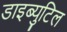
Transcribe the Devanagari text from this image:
डाइब्युटिल